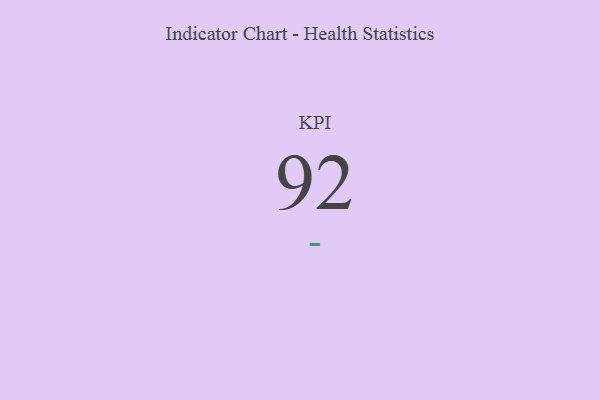
{"axis": {"x": "KPI", "y": "Value"}, "legend": [""], "data": [{"x": "KPI", "y": 92, "type": ""}]}